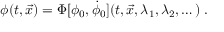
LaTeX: \phi ( t , { \vec { x } } ) = \Phi [ \phi _ { 0 } , \dot { \phi } _ { 0 } ] ( t , { \vec { x } } , \lambda _ { 1 } , \lambda _ { 2 } , \dots ) \; .